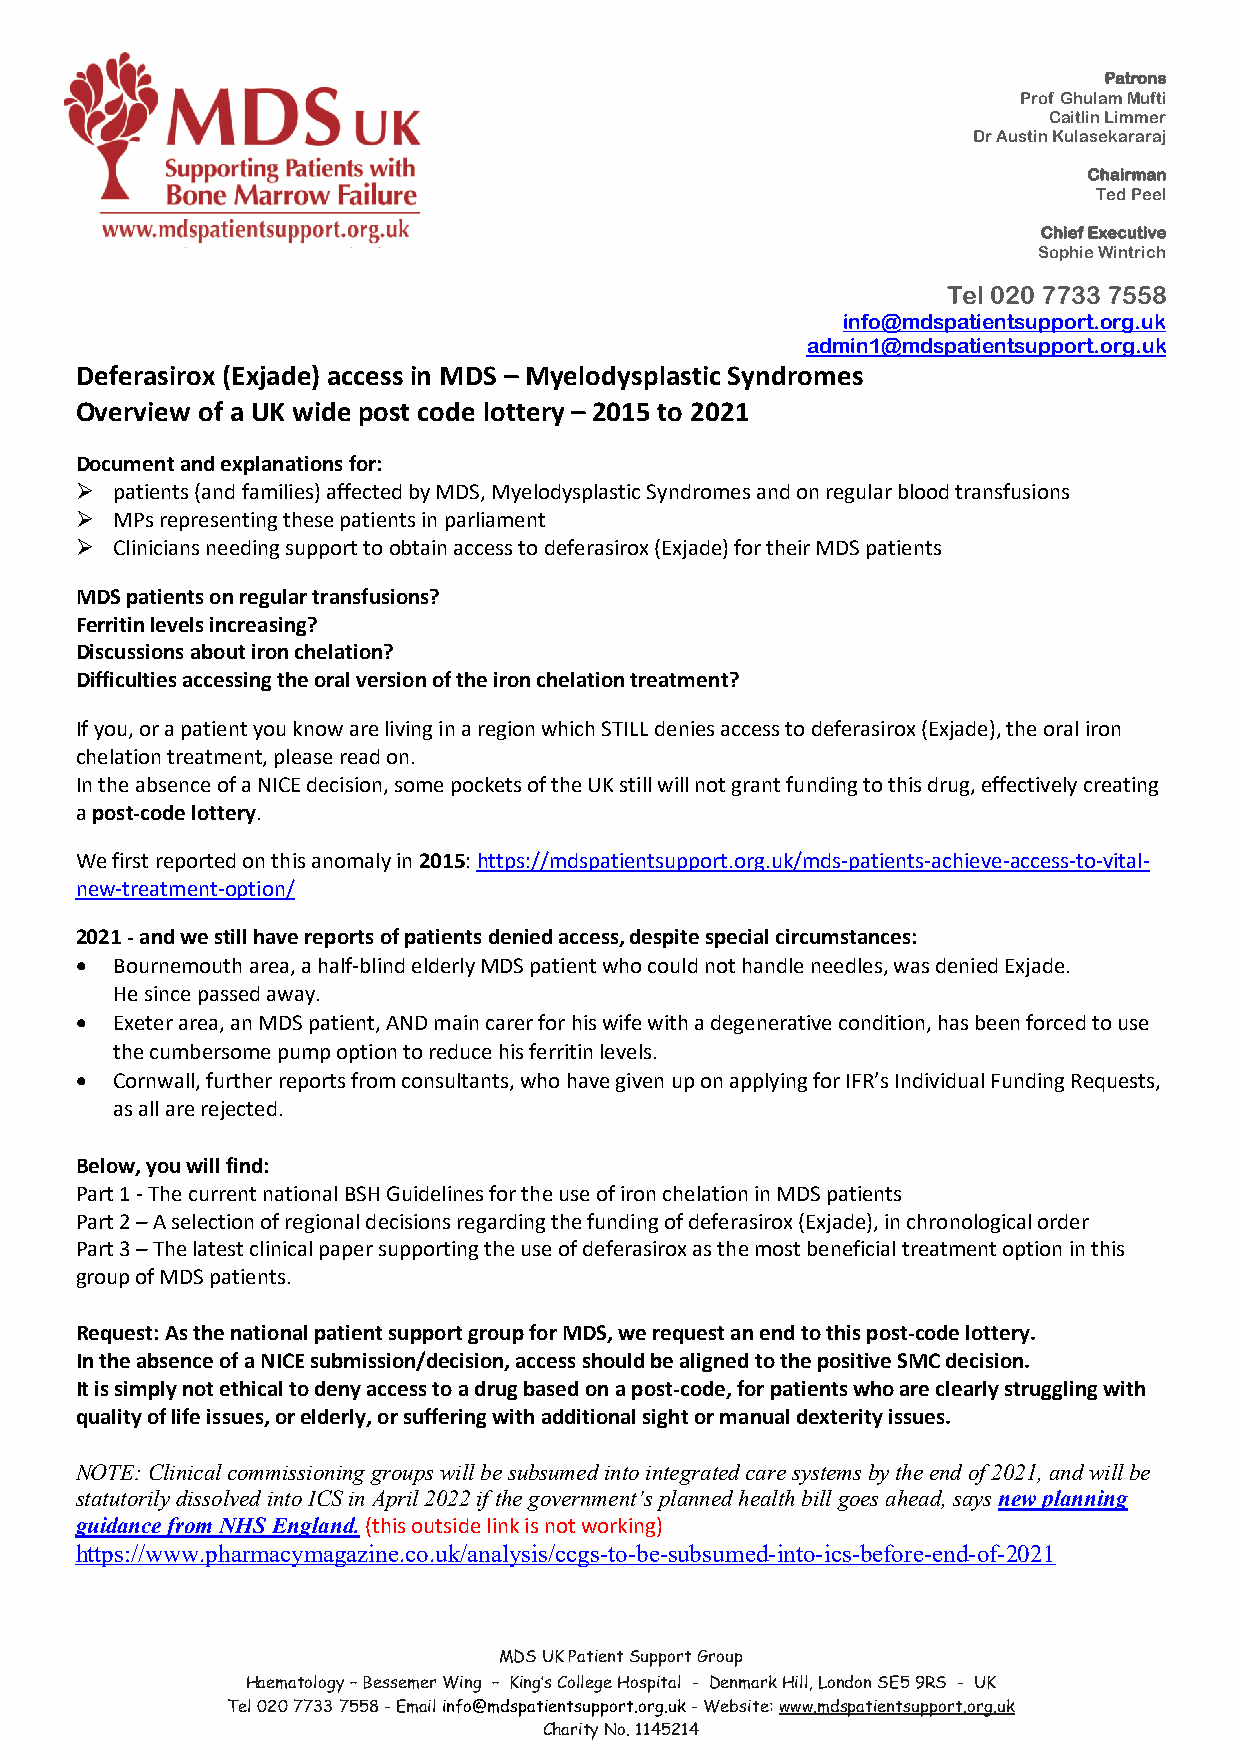
Patrons
 Prof Ghulam Mufti
 Caitlin Limmer
 Dr Austin Kulasekararaj
 Chairman
 Ted Peel
 Chief Executive
 Sophie Wintrich
 Tel 020 7733 7558
 info@mdspatientsupport.org.uk
 admin1@mdspatientsupport.org.uk
 Deferasirox (Exjade) access in MDS – Myelodysplastic Syndromes
 Overview of a UK wide post code lottery – 2015 to 2021
 Document and explanations for:
 Ø patients (and families) affected by MDS, Myelodysplastic Syndromes and on regular blood transfusions
 Ø MPs representing these patients in parliament
 Ø Clinicians needing support to obtain access to deferasirox (Exjade) for their MDS patients
 MDS patients on regular transfusions?
 Ferritin levels increasing?
 Discussions about iron chelation?
 Difficulties accessing the oral version of the iron chelation treatment?
 If you, or a patient you know are living in a region which STILL denies access to deferasirox (Exjade), the oral iron
 chelation treatment, please read on.
 In the absence of a NICE decision, some pockets of the UK still will not grant funding to this drug, effectively creating
 a post-code lottery.
 We first reported on this anomaly in 2015: https://mdspatientsupport.org.uk/mds-patients-achieve-access-to-vital-
 new-treatment-option/
 2021 - and we still have reports of patients denied access, despite special circumstances:
 • Bournemouth area, a half-blind elderly MDS patient who could not handle needles, was denied Exjade.
 He since passed away.
 • Exeter area, an MDS patient, AND main carer for his wife with a degenerative condition, has been forced to use
 the cumbersome pump option to reduce his ferritin levels.
 • Cornwall, further reports from consultants, who have given up on applying for IFR’s Individual Funding Requests,
 as all are rejected.
 Below, you will find:
 Part 1 - The current national BSH Guidelines for the use of iron chelation in MDS patients
 Part 2 – A selection of regional decisions regarding the funding of deferasirox (Exjade), in chronological order
 Part 3 – The latest clinical paper supporting the use of deferasirox as the most beneficial treatment option in this
 group of MDS patients.
 Request: As the national patient support group for MDS, we request an end to this post-code lottery.
 In the absence of a NICE submission/decision, access should be aligned to the positive SMC decision.
 It is simply not ethical to deny access to a drug based on a post-code, for patients who are clearly struggling with
 quality of life issues, or elderly, or suffering with additional sight or manual dexterity issues.
 NOTE: Clinical commissioning groups will be subsumed into integrated care systems by the end of 2021, and will be
 statutorily dissolved into ICS in April 2022 if the government’s planned health bill goes ahead, says new planning
 guidance from NHS England. (this outside link is not working)
 https://www.pharmacymagazine.co.uk/analysis/ccgs-to-be-subsumed-into-ics-before-end-of-2021
 MDS UK Patient Support Group
 Haematology – Bessemer Wing – King’s College Hospital - Denmark Hill, London SE5 9RS - UK
 Tel 020 7733 7558 - Email info@mdspatientsupport.org.uk - Website: www.mdspatientsupport.org.uk
 Charity No. 1145214